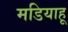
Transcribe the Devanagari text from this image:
मडियाहू